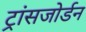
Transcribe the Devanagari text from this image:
ट्रांसजोर्डन